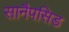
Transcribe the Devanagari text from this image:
सानैपसिड